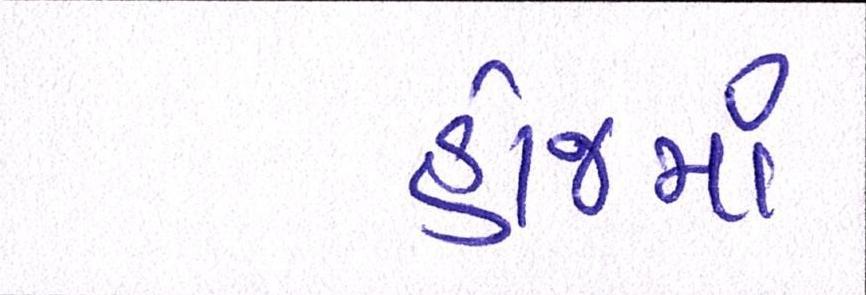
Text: હોજમાં